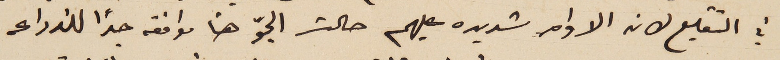
في التقليع لان الاوامر شديده عليهم حالت الجوّ هنا موافقه جداً للزراعه